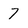
Character: 7